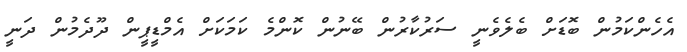
އެހެންކަމުން ބޮޑަށް ބެލެވެނީ ސަރުކާރުން ބޭނުން ކޮންމެ ކަމަކަށް އެމްޑީޕީން ދޫދެމުން ދަނީ